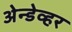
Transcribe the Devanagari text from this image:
अेन्डेव्हर